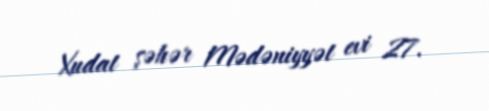
Xudat şəhər Mədəniyyət evi 27.